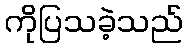
ကိုပြသခဲ့သည်